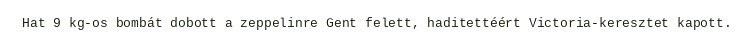
Hat 9 kg-os bombát dobott a zeppelinre Gent felett, haditettéért Victoria-keresztet kapott.